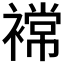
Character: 𮖫